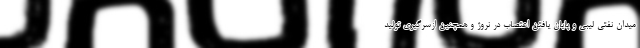
میدان نفتی لیبی و پایان یافتن اعتصاب در نروژ و همچنین ازسرگیری تولید